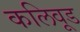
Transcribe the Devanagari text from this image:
कलिवूड